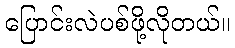
ပြောင်းလဲပစ်ဖို့လိုတယ်။